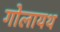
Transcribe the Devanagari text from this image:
गोलायथ